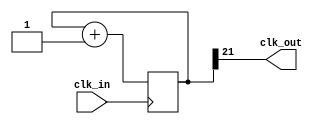
module prescaler(input clk_in, output clk_out);
  wire clk_in;
  wire clk_out;

  //-- Numero de bits del prescaler (por defecto)
  parameter N = 22;

  //-- Registro para implementar contador de N bits
  reg [N-1:0] count = 0;

  //-- El bit más significativo se saca por la salida
  assign clk_out = count[N-1];

  //-- Contador: se incrementa en flanco de subida
  always @(posedge(clk_in)) begin
    count <= count + 1;
  end

endmodule